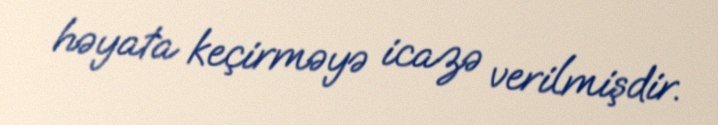
həyata keçirməyə icazə verilmişdir.